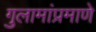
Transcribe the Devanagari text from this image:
गुलामांप्रमाणे